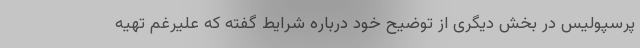
پرسپولیس در بخش دیگری از توضیح خود درباره شرایط گفته که علیرغم تهیه